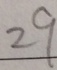
2 9